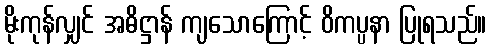
မိုးကုန်လျှင် အဓိဋ္ဌာန် ကျသောကြောင့် ဝိကပ္ပနာ ပြုရသည်။